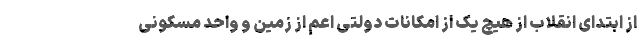
از ابتدای انقلاب از هیچ یک از امکانات دولتی اعم از زمین و واحد مسکونی